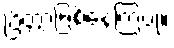
ပြိတ္တာဖြစ်နေကြပုံ။